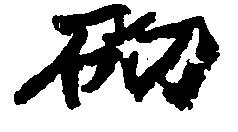
砌